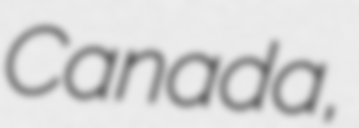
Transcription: Canada,